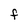
Character: F